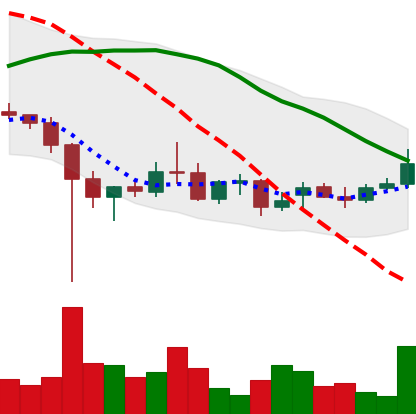
Ticker: XRP-USD
Chart end date: 2021-12-20
Forward return: 5.114%
Label: up_5_7